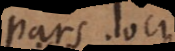
pars loci